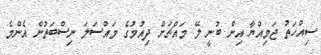
ސިއްހަތު ޖަމިއްޔާ އިން ބުނީ ލޭ މައްޗަށް ދިއުމުގެ މައްސަލަ ނިސްބަތުން އެންމެ